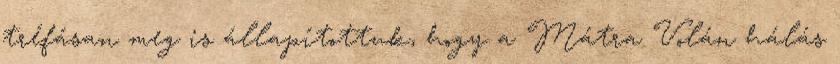
tréfásan meg is állapítottuk, hogy a Mátra Volán hálás